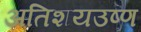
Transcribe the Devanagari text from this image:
अतिशयउष्ण